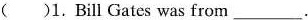
( )1. Bill Gates was from ___.